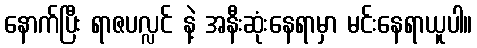
နောက်ပြီး ရာဇပလ္လင် နဲ့ အနီးဆုံးနေရာမှာ မင်းနေရာယူပါ။